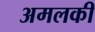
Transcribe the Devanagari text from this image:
अमलकी